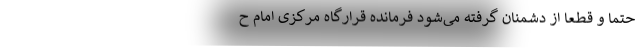
حتماٌ و قطعاً از دشمنان گرفته می‌شود فرمانده قرارگاه مرکزی امام ح